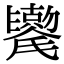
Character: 𫬯